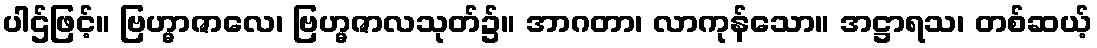
ပါဌ်ဖြင့်။ ဗြဟ္မာဇာလေ၊ ဗြဟ္မဇာလသုတ်၌။ အာဂတာ၊ လာကုန်သော။ အဋ္ဌာရသ၊ တစ်ဆယ့်